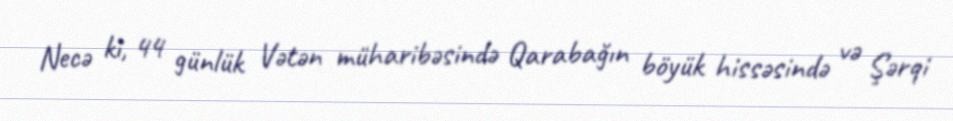
Necə ki, 44 günlük Vətən müharibəsində Qarabağın böyük hissəsində və Şərqi